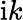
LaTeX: \mathrm{i}k